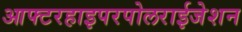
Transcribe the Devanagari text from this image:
आफ्टरहाइपरपोलराईजेशन